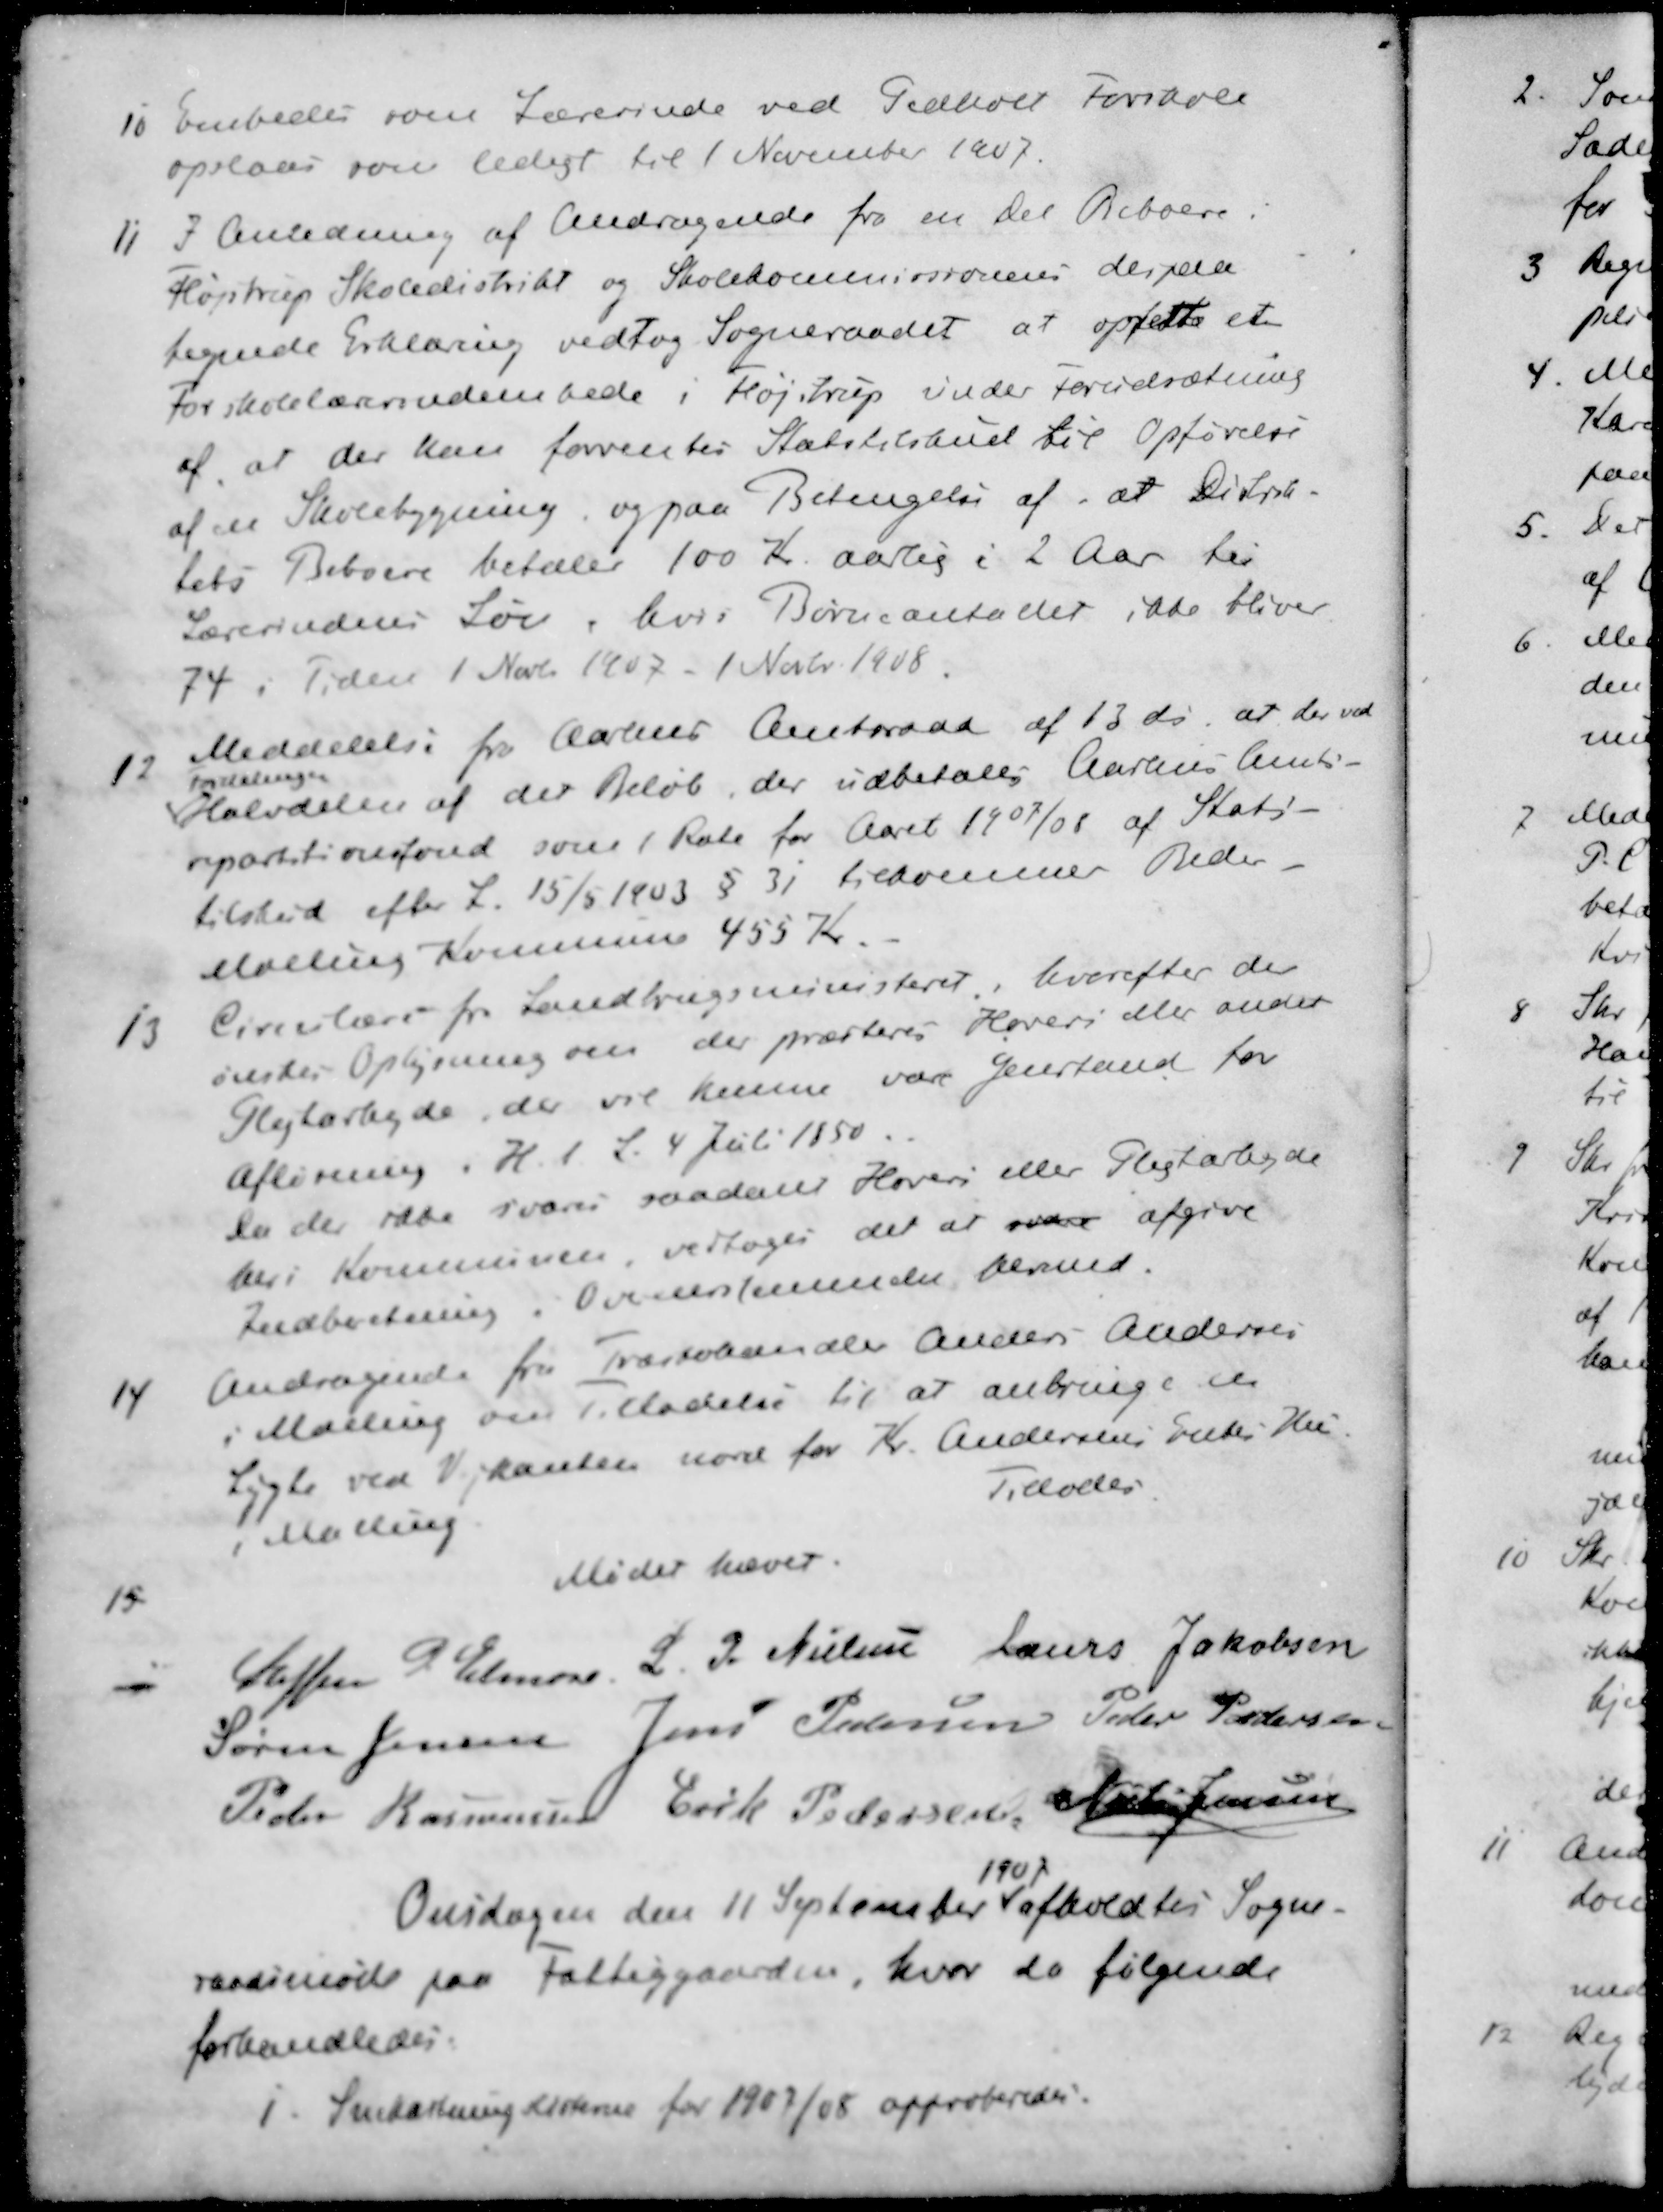
Transskription:
10 Embedet som Lærerinde ved Pedholt Forskole
opslaas som ledigt til 1 November 1907.
11 I Anledning af Andragende fra en Del Beboere i
Højstrup Skoledistrikt og Skolekommissionens derpaa
tegnede Erklæring vedtog Sogneraadet at oprette et
Forskolelærerindembede i Fløjstrup under Forudsætning
af, at der kan forventes Statstilskud til Opførelse
af en Skolebygning, og paa Betingelse af, at Distrik-
tets Beboere betaler 100 Kr. aarlig i 2 Aar til
Lærerindens Løn, hvis Børneantallet ikke bliver
74 i Tiden 1 Novbr 1907 - 1 Novbr. 1908.
12 Meddelelse for Aarhus Amtsraad af 13 ds, at der ved
Fordelingen
Halvdelen af det Beløb, der udbetales Aarhus Amts-
repartitionsfond som 1 Rate for Aaret 1907/08 af Stats-
tilskud efter L. 15/5 1903 § 31 tilkommer Beder-
Malling Kommune 455 Kr
13 Cirkulære fra Landbrugsministeret, hvorefter der
ønskes Oplysning om der præsteres Hoveri eller andet
Pligtarbejde, der vil kunne være Genstand for
Afløsning i H. t. L. 4 Juli 1850.
Da der ikke svares saadant Hoveri eller Pligtarbejde
her i Kommunen vedtoges det at svare afgive
Indberetning i Overenstemmelse dermed.
14 Andragende fra Træskohandler Anders Andersen
i Malling om Tilladelse til at anbringe en
Lygte ved Vejkanten nord for Kr. Andersens Enkes Hus.
i Malling
Tillodes
Mødet hævet.
15
Steffen P. Elmose
L. P. Nielsen
Laurs Jakobsen
Søren Jensen
Jens Pedersen
Peder Pedersen
Peder Rasmussen
Erik Pedersen
Hans Jensen
1907
Onsdagen den 11 September afholdtes Sogne-
raadsmøde paa Fattiggaarden, hvor da følgende
forhandledes:
1. Snekastning Listerne for 1907/08 approberedes